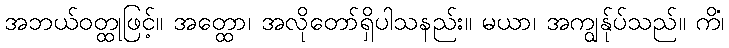
အဘယ်ဝတ္ထုဖြင့်။ အတ္ထော၊ အလိုတော်ရှိပါသနည်း။ မယာ၊ အကျွန်ုပ်သည်။ ကိံ၊